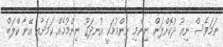
ނަމަވެސް ނިއު ދުކޮށްލަން ނިންމި ނިންމުމަކީ އުނދަގޫ ނިންމުމެއް ކަމަށާއި އޭނާ ކްލަބް